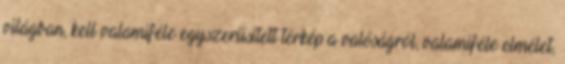
világban, kell valamiféle egyszerűsített térkép a valóságról, valamiféle elmélet,